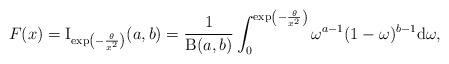
LaTeX: \begin{align*}F(x) =\operatorname{I}_{\exp\left(-\frac{\theta}{x^2}\right)}(a,b)=\frac{1}{\operatorname{B}(a,b)}\int_0^{\exp\left(-\frac{\theta}{x^2}\right)}\omega^{a-1}(1-\omega)^{b-1}\mathrm{d}\omega,\end{align*}